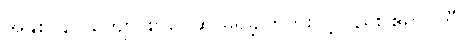
အနှစ် ၄၀ ကျော် စာပေဆု မရခဲ့ကြဘူးလို့လည်း ဧရာဝတီ